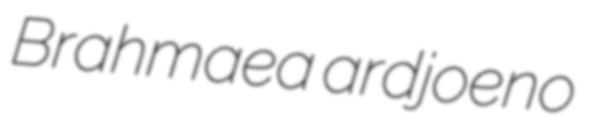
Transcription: Brahmaea ardjoeno